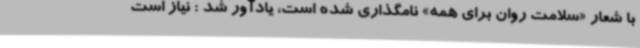
با شعار «سلامت روان برای همه» نامگذاری شده است، یادآور شد : نیاز است